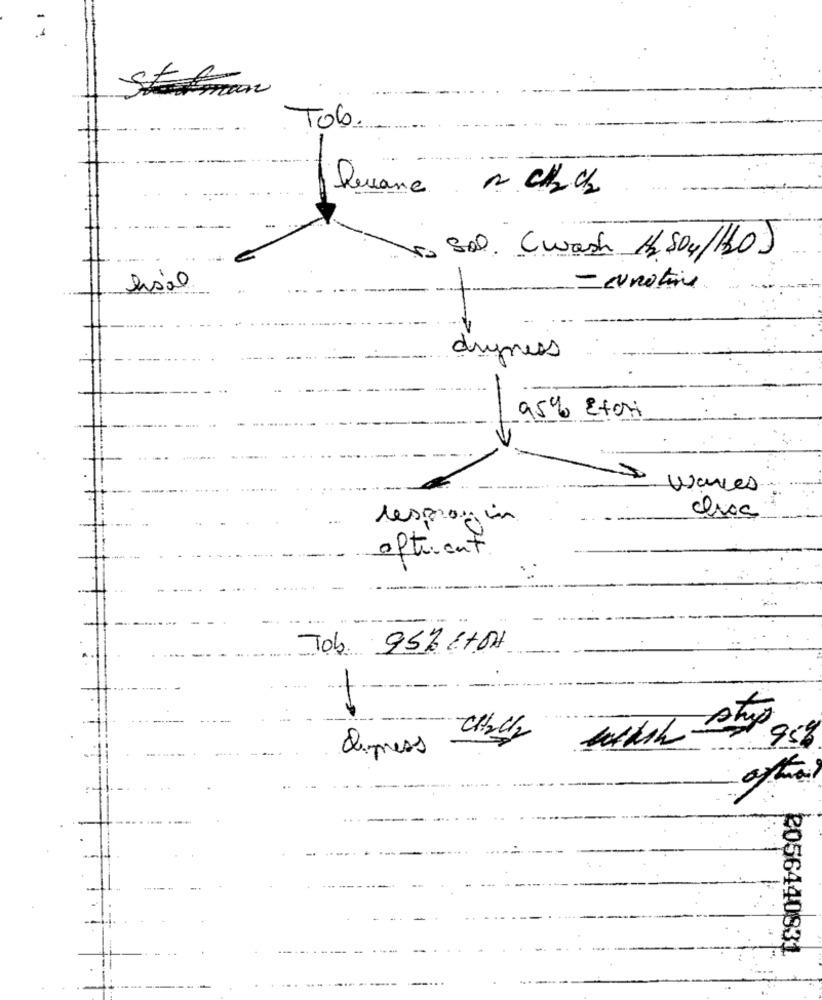
..
Tob
Quanc 2 c/2 cb
Vo Sol. (wash /S04/10)
fisio
- eurotine
dryness
95% Eton
waves
lespagin
oftrent
Tob. 95% 6+OH
Whit sty
95%
depress
after
2056440831